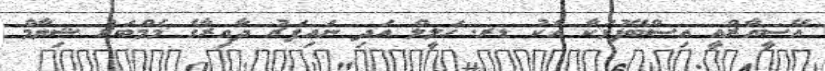
އޭސީއާރްއީ އިސްބޭފުޅަކާ އެކު ޑރ. ޚަލީލް އަދި ނައިފަރު ދާއިރާގެ މެމްބަރު ޝިޔާމް